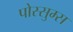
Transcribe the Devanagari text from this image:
पोस्सुम्स